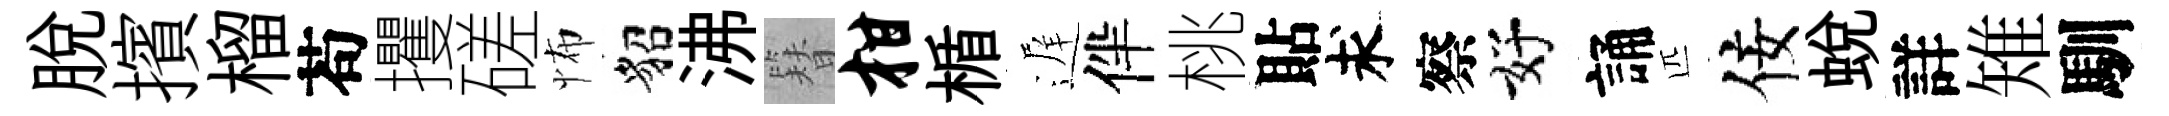
脱擯榴苟攫磋怖貂沸簪柑楯遅伴桃貼求察好誦匹佞蛻詳雉馴